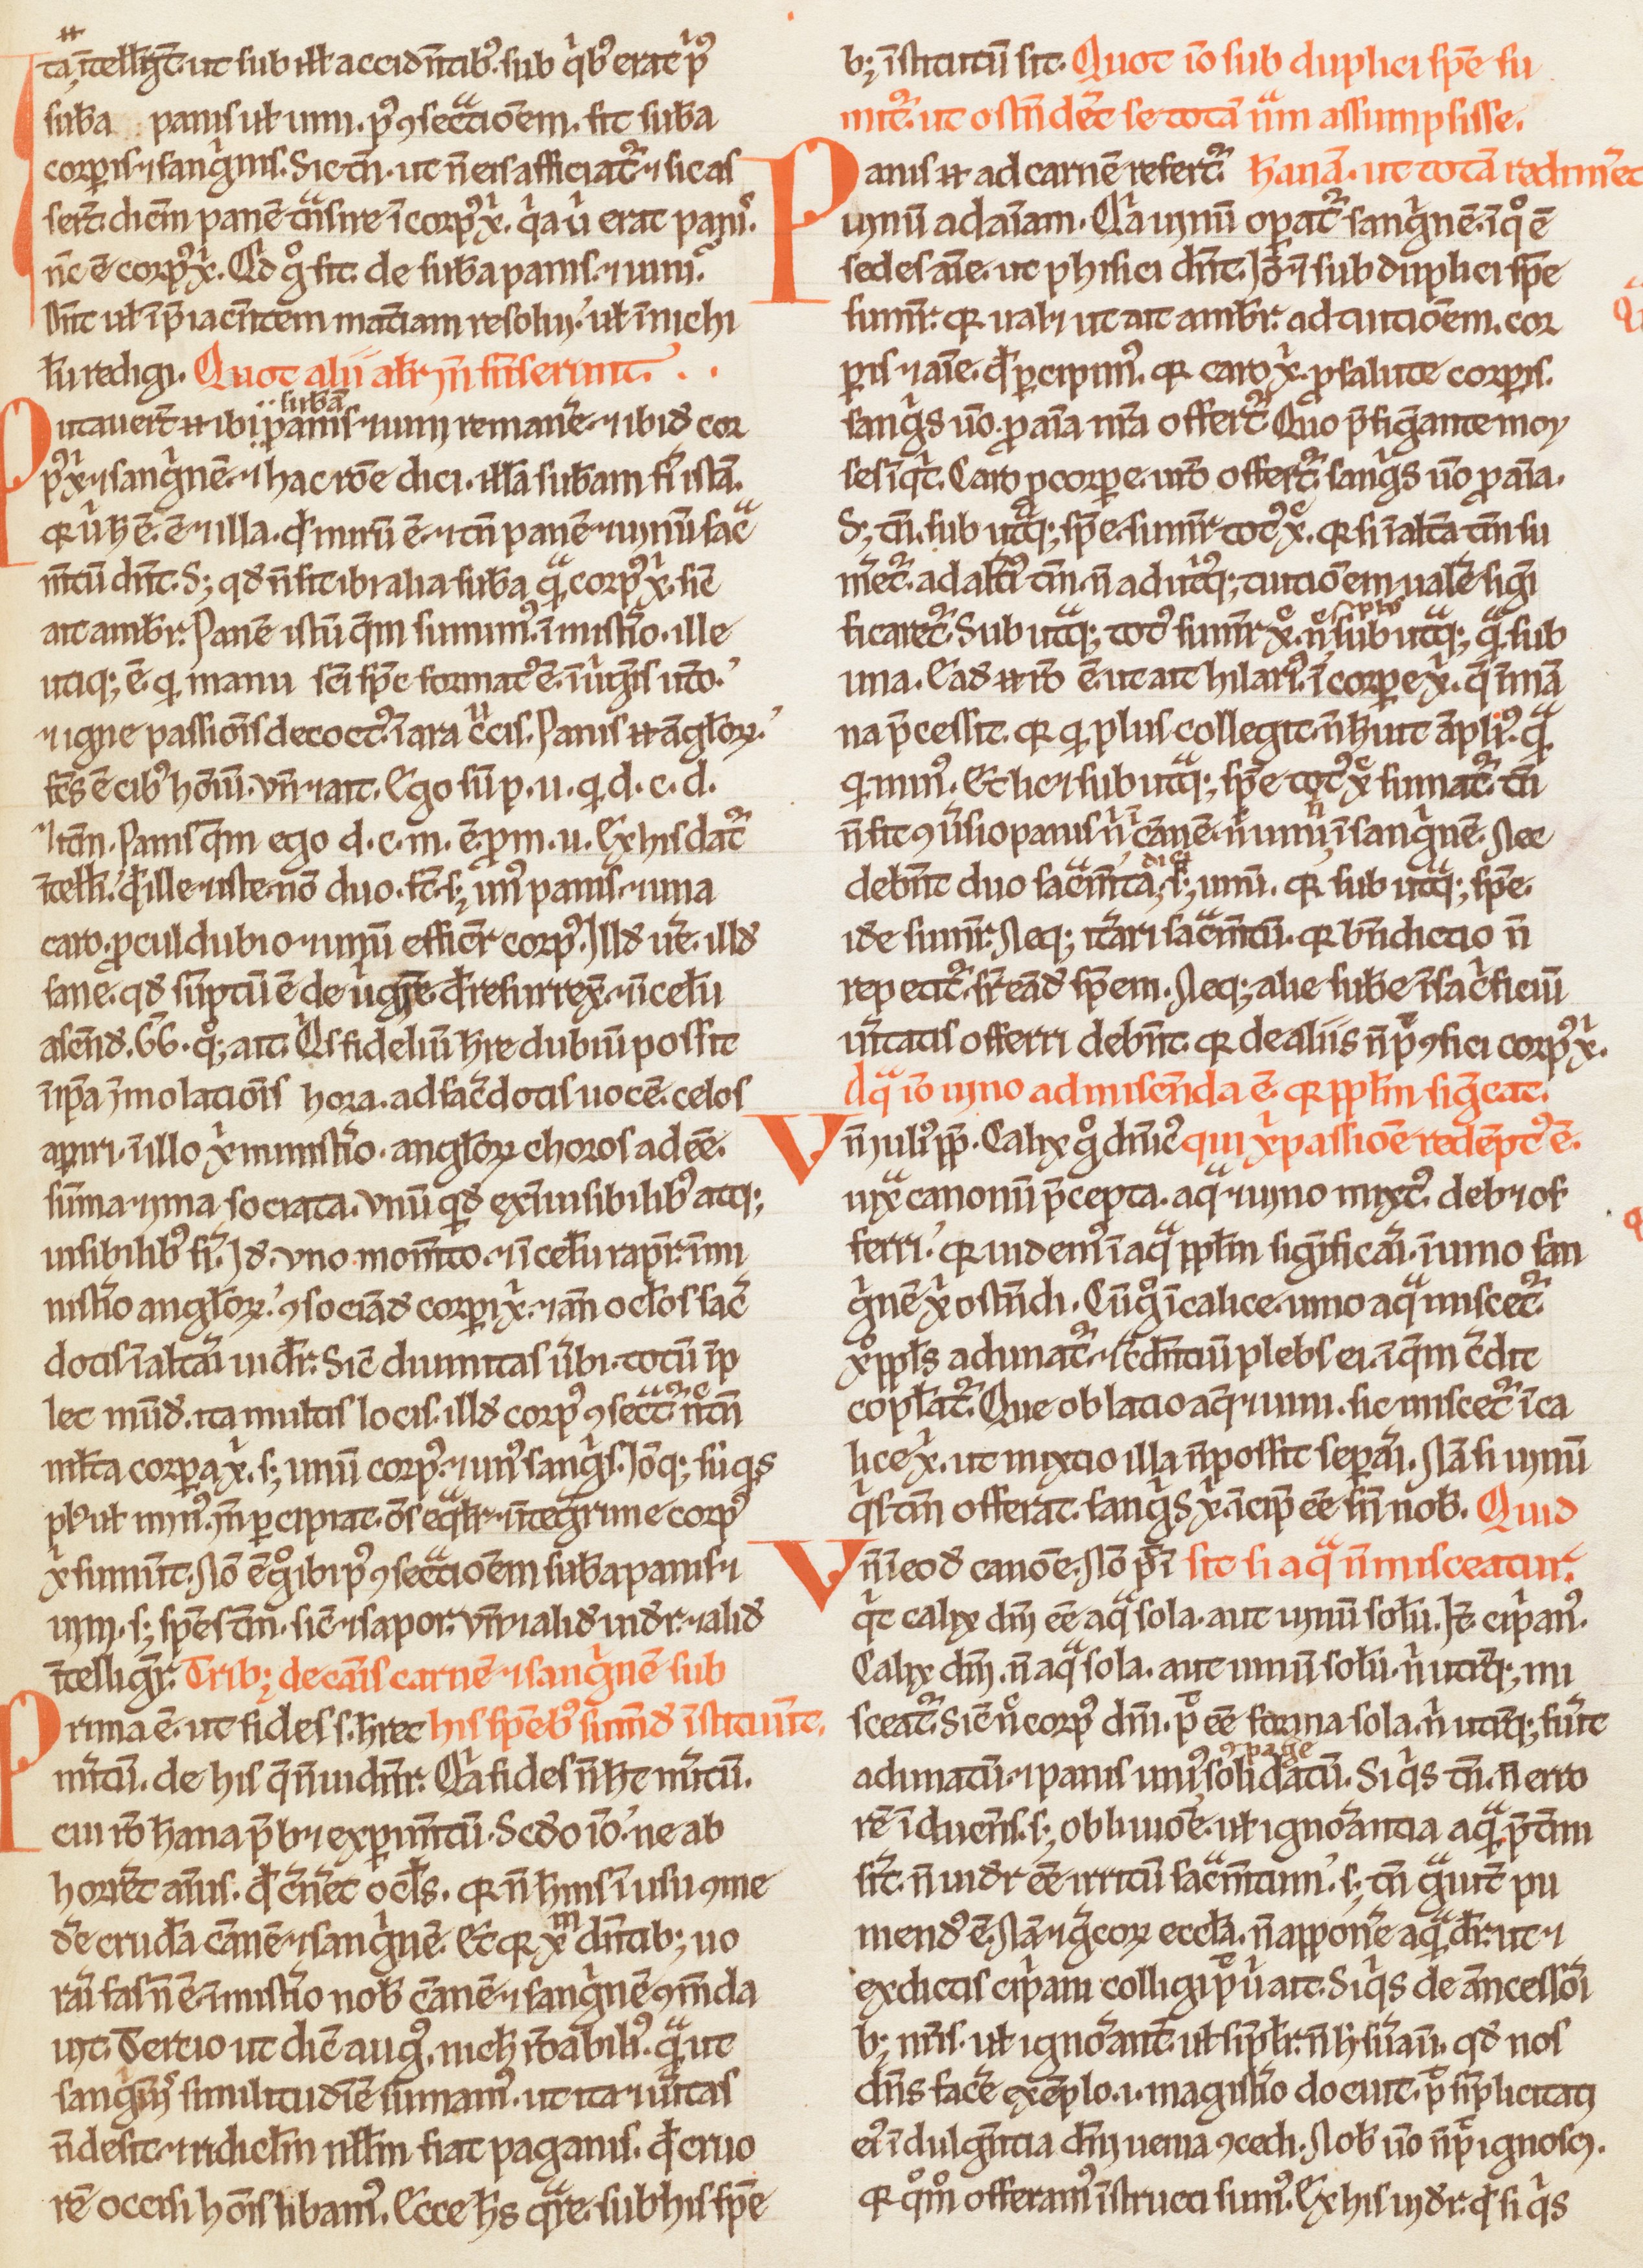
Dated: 1200–1230